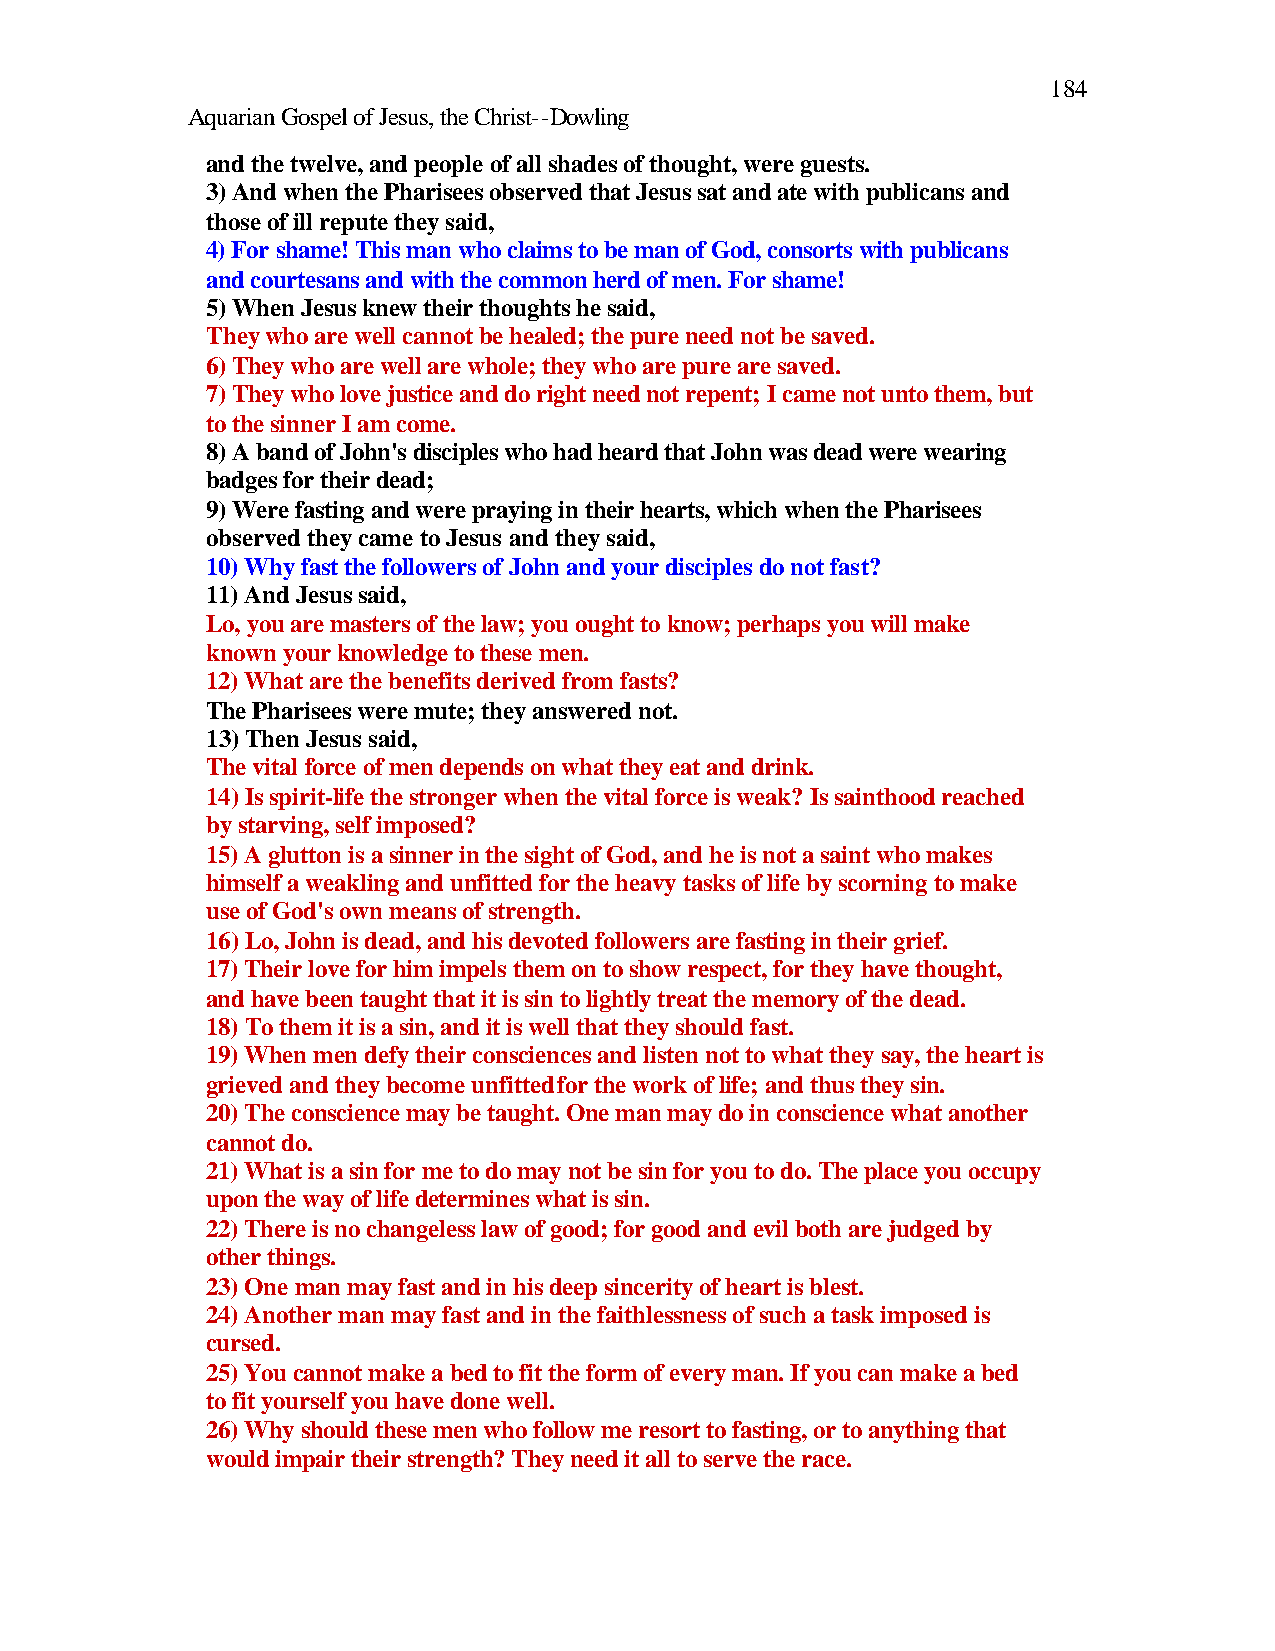
184
 Aquarian Gospel of Jesus, the Christ--Dowling
 and the twelve, and people of all shades of thought, were guests.
 3) And when the Pharisees observed that Jesus sat and ate with publicans and
 those of ill repute they said,
 4) For shame! This man who claims to be man of God, consorts with publicans
 and courtesans and with the common herd of men. For shame!
 5) When Jesus knew their thoughts he said,
 They who are well cannot be healed; the pure need not be saved.
 6) They who are well are whole; they who are pure are saved.
 7) They who love justice and do right need not repent; I came not unto them, but
 to the sinner I am come.
 8) A band of John's disciples who had heard that John was dead were wearing
 badges for their dead;
 9) Were fasting and were praying in their hearts, which when the Pharisees
 observed they came to Jesus and they said,
 10) Why fast the followers of John and your disciples do not fast?
 11) And Jesus said,
 Lo, you are masters of the law; you ought to know; perhaps you will make
 known your knowledge to these men.
 12) What are the benefits derived from fasts?
 The Pharisees were mute; they answered not.
 13) Then Jesus said,
 The vital force of men depends on what they eat and drink.
 14) Is spirit-life the stronger when the vital force is weak? Is sainthood reached
 by starving, self imposed?
 15) A glutton is a sinner in the sight of God, and he is not a saint who makes
 himself a weakling and unfitted for the heavy tasks of life by scorning to make
 use of God's own means of strength.
 16) Lo, John is dead, and his devoted followers are fasting in their grief.
 17) Their love for him impels them on to show respect, for they have thought,
 and have been taught that it is sin to lightly treat the memory of the dead.
 18) To them it is a sin, and it is well that they should fast.
 19) When men defy their consciences and listen not to what they say, the heart is
 grieved and they become unfitted for the work of life; and thus they sin.
 20) The conscience may be taught. One man may do in conscience what another
 cannot do.
 21) What is a sin for me to do may not be sin for you to do. The place you occupy
 upon the way of life determines what is sin.
 22) There is no changeless law of good; for good and evil both are judged by
 other things.
 23) One man may fast and in his deep sincerity of heart is blest.
 24) Another man may fast and in the faithlessness of such a task imposed is
 cursed.
 25) You cannot make a bed to fit the form of every man. If you can make a bed
 to fit yourself you have done well.
 26) Why should these men who follow me resort to fasting, or to anything that
 would impair their strength? They need it all to serve the race.